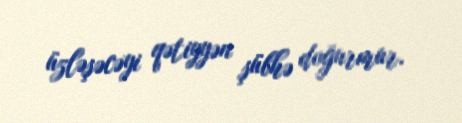
üzləşəcəyi qətiyyən şübhə doğurmur.